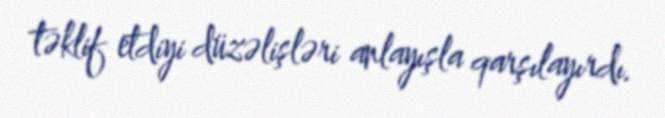
təklif etdiyi düzəlişləri anlayışla qarşılayırdı.